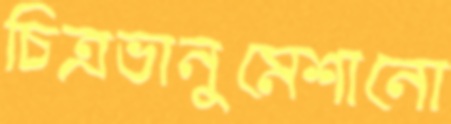
চিত্রভানুমেশানো